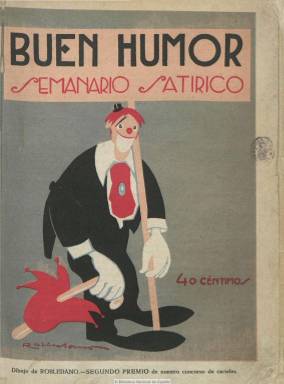
Título: Buen humor (Madrid)
Colección: Revistas satíricas y humorísticas
Ámbito geográfico: Madrid
Lugar de publicación: Madrid
Fechas: 04/12/1921-27/12/1931

Semanario satírico y humorístico que aparece el cuatro de diciembre de 1921, fundado y dirigido por el artista gráfico y caricaturista Pedro Antonio Villahermosa y Borao (1869-1945), que ya había popularizado su seudónimo Sileno en las páginas de publicaciones previas de este tipo, como Gedeón (1895-1912), la revista que había heredado el humorismo conservador del siglo diecinueve fundado por El Padre Cobos (1854-1856 y 1869). Sileno convocará en esta publicación a una nueva generación de escritores e ilustradores festivos –junto a algunas viejas glorias-  para llevar a cabo un “laboratorio de experimentos”, que dará como resultado un humor nuevo, moderno y vanguardista: el del absurdo.

Así lo señalan quienes se han acercado al estudio de este género, como López Ruiz (1995 y 2006), quien ha indicado que esta revista constituye un “hito en la historia de la prensa festiva de vocación universal”, y que no duda en calificar como “la mejor publicación del género humorístico” del siglo veinte, coincidiendo con la edad de oro de esta prensa, y que, en este caso, competirá directamente con el semanario también satírico fundado y dirigido por el volteriano y republicano editor Artemio Precioso (1891-1945): Muchas gracias (1924-1932).

Como innovadores del arte gráfico, la caricatura y la historieta, sus artífices formarán parte de una generación a la que se ha llegado a denominar la “otra” generación del 27, que practicará un humor intrascendente, disparatado y huidizo de la crítica política directa, como señalan Seoane y Saiz (1996), en una revista que llegará a obtener una amplia clientela entre los sectores burgueses, alcanzando hasta cuatro ediciones y una tirada ordinaria de 25.000 ejemplares, según recogió la Estadística de 1927.

Entre los escritores de la vieja escuela se dan cita Tomás Luceño Becerra (1844-1931); el jurídico militar Carlos Luis de Cuenca Velasco (1849-1927), que usa los seudónimos Luis de Charles, Fulano de Tal o Mefistófeles; el dramaturgo Manuel Soriano Bada (1859-1933); Juan Pérez Zúñiga (1860-1938), que usa los seudónimos Sursum Corda y Artagnan: Luis de Tapia (1871-1937) o Eduardo Zamacois (1873-1971). Entre los nuevos, cuyo nacimiento rondaba los últimos años del siglo diecinueve y los primeros del veinte, estarán: Ramón Gómez de la Serna (1888-1963), que inundará las páginas de la revista de “ramonismo” y usa los seudónimos Cardenio y Tristán; Jacinto Miquelarena y Regueiro (1891-1962); Antonio Joaquín Robles Soler (1897-1983), conocido como Antoniorrobles; Edgar Neville (1899-1967); el dramaturgo Enrique Jardiel Poncela (1901-1952), que usa el seudónimo Conde Enrico de Borsalino, o José López Rubio (1903-1996), que actuará también como secretario de redacción.

Pero asimismo escribirán en sus páginas otros escritores de gran calado, como Julio Camba (1882-1962), que usa el seudónimo Silvio Lago; José Francés (1883-1964), que tendrá la sección Humoristas contemporáneos; el crítico de arte Manuel Abril García (1884-1943) o Wenceslao Fernández Flórez (1885-1964). También, Ernesto Polo López (-1956), que usa los seudónimos Desperdicios, Asterisco o Néstor O. Lope y que actuará también como coordinador de la revista; el crítico Luis Astrana Marín (1889-1960), que publicará un artículo contra Miguel de Unamuno en su número 17, o Francisco Ramos de Castro (1890-1963), que usa el seudónimo Robadallito, entre otros muchos.

Entre los dibujantes, ilustradores, caricaturistas y autores del chiste gráfico, convergen también viejos y nuevos artistas. Entre los primeros, el farmacéutico Teodoro Gascón Baquero (1850-1926); Joaquín Xaudaró Echauz (1872-1933); Manuel Tovar Siles (1875-1935), que usa el seudónimo Don Hermógenes; Feliu Elías i Braçons (1878-1948), que usa el seudónimo Apa; Gerardo Fernández de la Reguera (1881-1937), con el seudónimo Areuger; Fernando Gómez Páramo del Fresno (1881-1949), introductor del “bocadillo” o “fumete”, autor de la sección de caricaturas de políticos bajo el título Pinacoteca de Buen humor y que también usará el seudónimo Sileno; Lluis Bagaria Bou (1882-1940); Salvador Bartolozzi (1882-1950); el introductor en España del art déco, Rafael de Penagos (1889-1954), que usa el seudónimo Zala; Francisco Ramírez Montesinos (1889-194?); Ricardo García López (1890-1984), con el seudónimo K-Hito, y que había dirigido Gedeón (1895-1912), o Federico Ribas Montenegro (1890-1952), que usa el seudónimo Mirko. Entre los nuevos artistas gráficos están también Francisco López Rubio (1895-1965); Antonio Lara Gavilán (1896-1978), conocido como Tono, quien junto con otro de los benjamines de la redacción, Miguel Mihura (1905-1977), fundará años más tarde La codorniz (1941-1978), en la que coincidirán muchos de los nuevos que aquí ya se citan.

Entre estos nuevos dibujantes están también Valentí Castanys i Borràs (1898-1965), que usa el seudónimo Lord Castanys As; el médico José Sama Navarro (1902-1989); Enrique García-Herreros Codesido (1903-1977), que usa el seudónimo Don Kike; Federico Galindo Lladó (1904-¿); José Borobio Ojeda (1907-1984); Antonio Orbegozo Urruela (1908-1995) y Antonio Vares (1909-1966).  Otros gráficos fueron: el cubano Sirio García Hernández, que fallecería durante el Madrid sitiado en noviembre de 1937; y el militar Cesáreo del Villar Besada (-1941), conocido con el seudónimo Karikato, entre otros muchos.

El subtítulo de la publicación será un escueto “semanario satírico”, cuya vida se prolongará principalmente durante la dictadura de Primo de Rivera y la dictablanda de Berenguer, por lo que estuvo sometida a la censura militar previa. Sus entregas son de más de una veintena de páginas cada una, con las que forman la cubierta y contracubierta a veces con papel de mejor calidad, estampadas estas a cuatro tintas planas, y con doble página central. Su composición es a tres columnas. Inserta también humor extranjero en una sección bajo el epígrafe A tiro de fusil, que no es otra cosa que material “fusilado”, y convoca concursos entre los lectores, como uno de historietas, en los que participan dibujantes de provincias, como es el caso del murciano Luis Garay (1893-1956). En mayo de 1927 muchos de sus redactores y colaboradores pasarán a engrosar un nuevo semanario de humor: Gutiérrez, que, fundado y dirigido por el ya citado Ricardo García, mantendrá incluso un formato y composición similar.

Mientras que la vida de Gutiérrez se prolongará hasta 1935, por su parte, Buen humor se extinguirá, tras una década en publicación, al poco tiempo de que el régimen republicano quede constituido. El 521 es el último de la colección de la Biblioteca Nacional de España, que corresponde al 27 de diciembre de 1931.

[Descripción modificada el 30/08/2018]